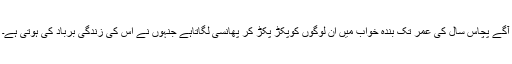
آگے پچاس سال کی عمر تک بندہ خواب میں اُن لوگوں کوپکڑ پکڑ کر پھانسی لگاتاہے جنہوں نے اس کی زندگی برباد کی ہوتی ہے۔